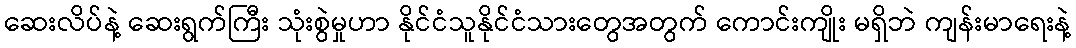
ဆေးလိပ်နဲ့ ဆေးရွက်ကြီး သုံးစွဲမှုဟာ နိုင်ငံသူနိုင်ငံသားတွေအတွက် ကောင်းကျိုး မရှိဘဲ ကျန်းမာရေးနဲ့